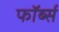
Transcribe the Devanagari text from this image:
फॉर्ब्स